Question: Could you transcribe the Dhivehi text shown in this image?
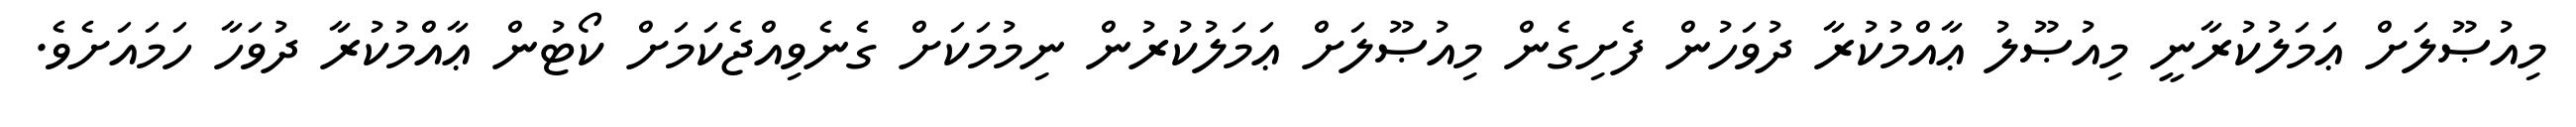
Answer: މިއުޞޫލަށް ޢަމަލުކުރާނީ މިއުޞޫލު ޢާއްމުކުރާ ދުވަހުން ފެށިގެން މިއުޞޫލަށް ޢަމަލުކުރުން ނިމުމަކަށް ގެނެވިއްޖެކަމަށް ކޯޓުން ޢާއްމުކުރާ ދުވަހާ ހަމައަށެވެ.